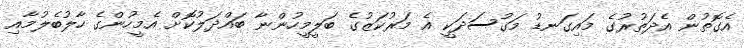
އެގޮތުން އެދަތުރުގެ މައިގަނޑު މަގުސަދަކީ އެ މަރުކަޒުގެ ބަލީމީހުންނާ ބައްދަލުކޮށް އެމީހުންގެ ހާލުބެލުމާއި